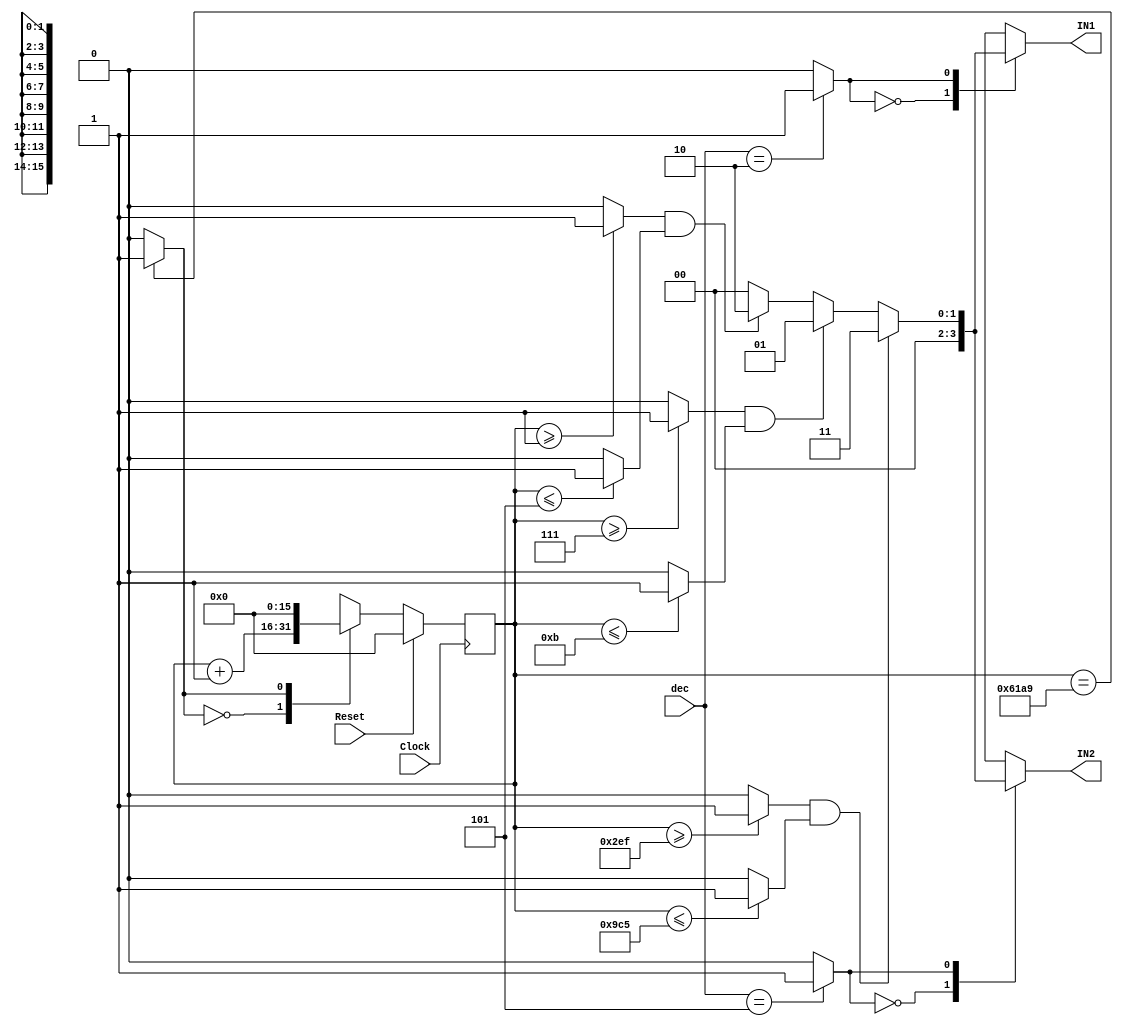
`timescale 1ns/1ps
`default_nettype none
// PLEASE READ THIS, IT MAY SAVE YOU SOME TIME AND MONEY, THANK YOU!
// * This file was generated by Quokka FPGA Toolkit.
// * Generated code is your property, do whatever you want with it
// * Place custom code between [BEGIN USER ***] and [END USER ***].
// * CAUTION: All code outside of [USER] scope is subject to regeneration.
// * Bad things happen sometimes in developer's life,
//   it is recommended to use source control management software (e.g. git, bzr etc) to keep your custom code safe'n'sound.
// * Internal structure of code is subject to change.
//   You can use some of signals in custom code, but most likely they will not exist in future (e.g. will get shorter or gone completely)
// * Please send your feedback, comments, improvement ideas etc. to evmuryshkin@gmail.com
// * Visit https://github.com/EvgenyMuryshkin/QuokkaEvaluation to access latest version of playground
//
// DISCLAIMER:
//   Code comes AS-IS, it is your responsibility to make sure it is working as expected
//   no responsibility will be taken for any loss or damage caused by use of Quokka toolkit.
//
// System configuration name is CoderModule_TopLevel, clock frequency is 1Hz, Top-level
// FSM summary
// -- Packages
module CoderModule_TopLevel
(
	// [BEGIN USER PORTS]
	// [END USER PORTS]
	input wire Clock,
	input wire Reset,
	input wire [15: 0] dec,
	output wire signed [1: 0] IN1,
	output wire signed [1: 0] IN2
);
	// [BEGIN USER SIGNALS]
	// [END USER SIGNALS]
	localparam HiSignal = 1'b1;
	localparam LoSignal = 1'b0;
	wire Zero = 1'b0;
	wire One = 1'b1;
	wire true = 1'b1;
	wire false = 1'b0;
	wire CoderModule_L15F47T48_Expr = 1'b0;
	wire CoderModule_L19F13L31T14_CoderModule_L20F31T32_Expr = 1'b0;
	wire CoderModule_L19F13L31T14_CoderModule_L21F38T39_Expr = 1'b1;
	wire [2: 0] CoderModule_L19F13L31T14_CoderModule_L21F60T61_Expr = 3'b101;
	wire [1: 0] CoderModule_L19F13L31T14_CoderModule_L22F30T31_Expr = 2'b10;
	wire [2: 0] CoderModule_L19F13L31T14_CoderModule_L24F38T39_Expr = 3'b111;
	wire [3: 0] CoderModule_L19F13L31T14_CoderModule_L24F60T62_Expr = 4'b1011;
	wire CoderModule_L19F13L31T14_CoderModule_L25F30T31_Expr = 1'b1;
	wire [9: 0] CoderModule_L19F13L31T14_CoderModule_L27F38T41_Expr = 10'b1011101111;
	wire [11: 0] CoderModule_L19F13L31T14_CoderModule_L27F62T66_Expr = 12'b100111000101;
	wire [1: 0] CoderModule_L19F13L31T14_CoderModule_L28F30T31_Expr = 2'b11;
	wire [14: 0] CoderModule_L37F9L39T10_CoderModule_L38F59T64_Expr = 15'b110000110101001;
	wire CoderModule_L37F9L39T10_CoderModule_L38F67T68_Expr = 1'b0;
	wire CoderModule_L37F9L39T10_CoderModule_L38F87T88_Expr = 1'b1;
	wire [15: 0] CoderModule_L33F49T55_Expr = 16'b1111111111111110;
	wire [15: 0] CoderModule_L34F49T55_Expr = 16'b1111111111111101;
	wire [15: 0] Inputs_dec;
	reg [15: 0] NextState_counter;
	wire signed [1: 0] INNone;
	wire [1: 0] INx;
	wire CoderModule_L15F31T49_Source;
	wire [1: 0] CoderModule_L15F31T60_Resize;
	reg [7: 0] CoderModule_L19F13L31T14_result;
	wire [7: 0] CoderModule_L19F13L31T14_CoderModule_L30F24T47_Source;
	wire [1: 0] CoderModule_L19F13L31T14_CoderModule_L30F24T53_Index;
	wire [15: 0] CoderModule_L37F9L39T10_CoderModule_L38F33T89_Cast;
	reg [15: 0] State_counter = 16'b0000000000000000;
	wire [15: 0] State_counterDefault = 16'b0000000000000000;
	wire CoderModule_L19F13L31T14_CoderModule_L21F21T61_Expr;
	wire CoderModule_L19F13L31T14_CoderModule_L21F21T61_Expr_1;
	wire CoderModule_L19F13L31T14_CoderModule_L21F21T61_Expr_2;
	wire CoderModule_L19F13L31T14_CoderModule_L24F21T62_Expr;
	wire CoderModule_L19F13L31T14_CoderModule_L24F21T62_Expr_1;
	wire CoderModule_L19F13L31T14_CoderModule_L24F21T62_Expr_2;
	wire CoderModule_L19F13L31T14_CoderModule_L27F21T66_Expr;
	wire CoderModule_L19F13L31T14_CoderModule_L27F21T66_Expr_1;
	wire CoderModule_L19F13L31T14_CoderModule_L27F21T66_Expr_2;
	wire [17: 0] CoderModule_L37F9L39T10_CoderModule_L38F71T88_Expr;
	wire signed [17: 0] CoderModule_L37F9L39T10_CoderModule_L38F71T88_Expr_1;
	wire signed [17: 0] CoderModule_L37F9L39T10_CoderModule_L38F71T88_Expr_2;
	wire CoderModule_L19F13L31T14_CoderModule_L21F21T39_Expr;
	wire signed [16: 0] CoderModule_L19F13L31T14_CoderModule_L21F21T39_ExprLhs;
	wire signed [16: 0] CoderModule_L19F13L31T14_CoderModule_L21F21T39_ExprRhs;
	wire CoderModule_L19F13L31T14_CoderModule_L21F43T61_Expr;
	wire signed [16: 0] CoderModule_L19F13L31T14_CoderModule_L21F43T61_ExprLhs;
	wire signed [16: 0] CoderModule_L19F13L31T14_CoderModule_L21F43T61_ExprRhs;
	wire CoderModule_L19F13L31T14_CoderModule_L24F21T39_Expr;
	wire signed [16: 0] CoderModule_L19F13L31T14_CoderModule_L24F21T39_ExprLhs;
	wire signed [16: 0] CoderModule_L19F13L31T14_CoderModule_L24F21T39_ExprRhs;
	wire CoderModule_L19F13L31T14_CoderModule_L24F43T62_Expr;
	wire signed [16: 0] CoderModule_L19F13L31T14_CoderModule_L24F43T62_ExprLhs;
	wire signed [16: 0] CoderModule_L19F13L31T14_CoderModule_L24F43T62_ExprRhs;
	wire CoderModule_L19F13L31T14_CoderModule_L27F21T41_Expr;
	wire signed [16: 0] CoderModule_L19F13L31T14_CoderModule_L27F21T41_ExprLhs;
	wire signed [16: 0] CoderModule_L19F13L31T14_CoderModule_L27F21T41_ExprRhs;
	wire CoderModule_L19F13L31T14_CoderModule_L27F45T66_Expr;
	wire signed [16: 0] CoderModule_L19F13L31T14_CoderModule_L27F45T66_ExprLhs;
	wire signed [16: 0] CoderModule_L19F13L31T14_CoderModule_L27F45T66_ExprRhs;
	wire CoderModule_L37F9L39T10_CoderModule_L38F42T64_Expr;
	wire signed [16: 0] CoderModule_L37F9L39T10_CoderModule_L38F42T64_ExprLhs;
	wire signed [16: 0] CoderModule_L37F9L39T10_CoderModule_L38F42T64_ExprRhs;
	wire CoderModule_L33F35T55_Expr;
	wire signed [16: 0] CoderModule_L33F35T55_ExprLhs;
	wire signed [16: 0] CoderModule_L33F35T55_ExprRhs;
	wire CoderModule_L34F35T55_Expr;
	wire signed [16: 0] CoderModule_L34F35T55_ExprLhs;
	wire signed [16: 0] CoderModule_L34F35T55_ExprRhs;
	reg [15: 0] CoderModule_L37F9L39T10_CoderModule_L38F42T88_Lookup;
	reg [1: 0] CoderModule_L33F35T70_Lookup;
	reg [1: 0] CoderModule_L34F35T70_Lookup;
	wire CoderModule_L37F9L39T10_CoderModule_L38F42T88_LookupMultiplexerAddress;
	wire [15: 0] CoderModule_L37F9L39T10_CoderModule_L38F42T88_Lookup1;
	wire [15: 0] CoderModule_L37F9L39T10_CoderModule_L38F42T88_Lookup2;
	wire CoderModule_L33F35T70_LookupMultiplexerAddress;
	wire [1: 0] CoderModule_L33F35T70_Lookup1;
	wire [1: 0] CoderModule_L33F35T70_Lookup2;
	wire CoderModule_L34F35T70_LookupMultiplexerAddress;
	wire [1: 0] CoderModule_L34F35T70_Lookup1;
	wire [1: 0] CoderModule_L34F35T70_Lookup2;
	always @ (posedge Clock)
	begin
		if ((Reset == 1))
		begin
			State_counter <= State_counterDefault;
		end
		else
		begin
			State_counter <= NextState_counter;
		end
	end
	assign CoderModule_L19F13L31T14_CoderModule_L21F21T39_Expr = CoderModule_L19F13L31T14_CoderModule_L21F21T39_ExprLhs >= CoderModule_L19F13L31T14_CoderModule_L21F21T39_ExprRhs ? 1'b1 : 1'b0;
	assign CoderModule_L19F13L31T14_CoderModule_L21F43T61_Expr = CoderModule_L19F13L31T14_CoderModule_L21F43T61_ExprLhs <= CoderModule_L19F13L31T14_CoderModule_L21F43T61_ExprRhs ? 1'b1 : 1'b0;
	assign CoderModule_L19F13L31T14_CoderModule_L24F21T39_Expr = CoderModule_L19F13L31T14_CoderModule_L24F21T39_ExprLhs >= CoderModule_L19F13L31T14_CoderModule_L24F21T39_ExprRhs ? 1'b1 : 1'b0;
	assign CoderModule_L19F13L31T14_CoderModule_L24F43T62_Expr = CoderModule_L19F13L31T14_CoderModule_L24F43T62_ExprLhs <= CoderModule_L19F13L31T14_CoderModule_L24F43T62_ExprRhs ? 1'b1 : 1'b0;
	assign CoderModule_L19F13L31T14_CoderModule_L27F21T41_Expr = CoderModule_L19F13L31T14_CoderModule_L27F21T41_ExprLhs >= CoderModule_L19F13L31T14_CoderModule_L27F21T41_ExprRhs ? 1'b1 : 1'b0;
	assign CoderModule_L19F13L31T14_CoderModule_L27F45T66_Expr = CoderModule_L19F13L31T14_CoderModule_L27F45T66_ExprLhs <= CoderModule_L19F13L31T14_CoderModule_L27F45T66_ExprRhs ? 1'b1 : 1'b0;
	assign CoderModule_L37F9L39T10_CoderModule_L38F42T64_Expr = CoderModule_L37F9L39T10_CoderModule_L38F42T64_ExprLhs == CoderModule_L37F9L39T10_CoderModule_L38F42T64_ExprRhs ? 1'b1 : 1'b0;
	assign CoderModule_L33F35T55_Expr = CoderModule_L33F35T55_ExprLhs == CoderModule_L33F35T55_ExprRhs ? 1'b1 : 1'b0;
	assign CoderModule_L34F35T55_Expr = CoderModule_L34F35T55_ExprLhs == CoderModule_L34F35T55_ExprRhs ? 1'b1 : 1'b0;
	assign CoderModule_L19F13L31T14_CoderModule_L21F21T61_Expr = CoderModule_L19F13L31T14_CoderModule_L21F21T61_Expr_1 & CoderModule_L19F13L31T14_CoderModule_L21F21T61_Expr_2;
	assign CoderModule_L19F13L31T14_CoderModule_L24F21T62_Expr = CoderModule_L19F13L31T14_CoderModule_L24F21T62_Expr_1 & CoderModule_L19F13L31T14_CoderModule_L24F21T62_Expr_2;
	assign CoderModule_L19F13L31T14_CoderModule_L27F21T66_Expr = CoderModule_L19F13L31T14_CoderModule_L27F21T66_Expr_1 & CoderModule_L19F13L31T14_CoderModule_L27F21T66_Expr_2;
	assign CoderModule_L37F9L39T10_CoderModule_L38F71T88_Expr = CoderModule_L37F9L39T10_CoderModule_L38F71T88_Expr_1 + CoderModule_L37F9L39T10_CoderModule_L38F71T88_Expr_2;
	always @ (*)
	begin
		case (CoderModule_L37F9L39T10_CoderModule_L38F42T88_LookupMultiplexerAddress)
			'b0:
			begin
				CoderModule_L37F9L39T10_CoderModule_L38F42T88_Lookup = CoderModule_L37F9L39T10_CoderModule_L38F42T88_Lookup1;
			end
			'b1:
			begin
				CoderModule_L37F9L39T10_CoderModule_L38F42T88_Lookup = CoderModule_L37F9L39T10_CoderModule_L38F42T88_Lookup2;
			end
			default:
			begin
				CoderModule_L37F9L39T10_CoderModule_L38F42T88_Lookup = 'b0000000000000000;
			end
		endcase
	end
	always @ (*)
	begin
		case (CoderModule_L33F35T70_LookupMultiplexerAddress)
			'b0:
			begin
				CoderModule_L33F35T70_Lookup = CoderModule_L33F35T70_Lookup1;
			end
			'b1:
			begin
				CoderModule_L33F35T70_Lookup = CoderModule_L33F35T70_Lookup2;
			end
			default:
			begin
				CoderModule_L33F35T70_Lookup = 'b00;
			end
		endcase
	end
	always @ (*)
	begin
		case (CoderModule_L34F35T70_LookupMultiplexerAddress)
			'b0:
			begin
				CoderModule_L34F35T70_Lookup = CoderModule_L34F35T70_Lookup1;
			end
			'b1:
			begin
				CoderModule_L34F35T70_Lookup = CoderModule_L34F35T70_Lookup2;
			end
			default:
			begin
				CoderModule_L34F35T70_Lookup = 'b00;
			end
		endcase
	end
	always @ (*)
	begin
		CoderModule_L19F13L31T14_result = { {7{1'b0}}, CoderModule_L19F13L31T14_CoderModule_L20F31T32_Expr }/*expand*/;
		if ((CoderModule_L19F13L31T14_CoderModule_L21F21T61_Expr == 1))
		begin
			CoderModule_L19F13L31T14_result = { {6{1'b0}}, CoderModule_L19F13L31T14_CoderModule_L22F30T31_Expr }/*expand*/;
		end
		if ((CoderModule_L19F13L31T14_CoderModule_L24F21T62_Expr == 1))
		begin
			CoderModule_L19F13L31T14_result = { {7{1'b0}}, CoderModule_L19F13L31T14_CoderModule_L25F30T31_Expr }/*expand*/;
		end
		if ((CoderModule_L19F13L31T14_CoderModule_L27F21T66_Expr == 1))
		begin
			CoderModule_L19F13L31T14_result = { {6{1'b0}}, CoderModule_L19F13L31T14_CoderModule_L28F30T31_Expr }/*expand*/;
		end
	end
	always @ (*)
	begin
		NextState_counter = State_counter;
		NextState_counter = CoderModule_L37F9L39T10_CoderModule_L38F33T89_Cast;
	end
	assign CoderModule_L19F13L31T14_CoderModule_L21F21T39_ExprLhs = { {1{1'b0}}, State_counter }/*expand*/;
	assign CoderModule_L19F13L31T14_CoderModule_L21F21T39_ExprRhs = { {16{1'b0}}, CoderModule_L19F13L31T14_CoderModule_L21F38T39_Expr }/*expand*/;
	assign CoderModule_L19F13L31T14_CoderModule_L21F43T61_ExprLhs = { {1{1'b0}}, State_counter }/*expand*/;
	assign CoderModule_L19F13L31T14_CoderModule_L21F43T61_ExprRhs = { {14{1'b0}}, CoderModule_L19F13L31T14_CoderModule_L21F60T61_Expr }/*expand*/;
	assign CoderModule_L19F13L31T14_CoderModule_L24F21T39_ExprLhs = { {1{1'b0}}, State_counter }/*expand*/;
	assign CoderModule_L19F13L31T14_CoderModule_L24F21T39_ExprRhs = { {14{1'b0}}, CoderModule_L19F13L31T14_CoderModule_L24F38T39_Expr }/*expand*/;
	assign CoderModule_L19F13L31T14_CoderModule_L24F43T62_ExprLhs = { {1{1'b0}}, State_counter }/*expand*/;
	assign CoderModule_L19F13L31T14_CoderModule_L24F43T62_ExprRhs = { {13{1'b0}}, CoderModule_L19F13L31T14_CoderModule_L24F60T62_Expr }/*expand*/;
	assign CoderModule_L19F13L31T14_CoderModule_L27F21T41_ExprLhs = { {1{1'b0}}, State_counter }/*expand*/;
	assign CoderModule_L19F13L31T14_CoderModule_L27F21T41_ExprRhs = { {7{1'b0}}, CoderModule_L19F13L31T14_CoderModule_L27F38T41_Expr }/*expand*/;
	assign CoderModule_L19F13L31T14_CoderModule_L27F45T66_ExprLhs = { {1{1'b0}}, State_counter }/*expand*/;
	assign CoderModule_L19F13L31T14_CoderModule_L27F45T66_ExprRhs = { {5{1'b0}}, CoderModule_L19F13L31T14_CoderModule_L27F62T66_Expr }/*expand*/;
	assign CoderModule_L37F9L39T10_CoderModule_L38F42T64_ExprLhs = { {1{1'b0}}, State_counter }/*expand*/;
	assign CoderModule_L37F9L39T10_CoderModule_L38F42T64_ExprRhs = { {2{1'b0}}, CoderModule_L37F9L39T10_CoderModule_L38F59T64_Expr }/*expand*/;
	assign CoderModule_L33F35T55_ExprLhs = { {1{1'b0}}, Inputs_dec }/*expand*/;
	assign CoderModule_L33F35T55_ExprRhs = { {1{1'b0}}, CoderModule_L33F49T55_Expr }/*expand*/;
	assign CoderModule_L34F35T55_ExprLhs = { {1{1'b0}}, Inputs_dec }/*expand*/;
	assign CoderModule_L34F35T55_ExprRhs = { {1{1'b0}}, CoderModule_L34F49T55_Expr }/*expand*/;
	assign CoderModule_L19F13L31T14_CoderModule_L21F21T61_Expr_1 = CoderModule_L19F13L31T14_CoderModule_L21F21T39_Expr;
	assign CoderModule_L19F13L31T14_CoderModule_L21F21T61_Expr_2 = CoderModule_L19F13L31T14_CoderModule_L21F43T61_Expr;
	assign CoderModule_L19F13L31T14_CoderModule_L24F21T62_Expr_1 = CoderModule_L19F13L31T14_CoderModule_L24F21T39_Expr;
	assign CoderModule_L19F13L31T14_CoderModule_L24F21T62_Expr_2 = CoderModule_L19F13L31T14_CoderModule_L24F43T62_Expr;
	assign CoderModule_L19F13L31T14_CoderModule_L27F21T66_Expr_1 = CoderModule_L19F13L31T14_CoderModule_L27F21T41_Expr;
	assign CoderModule_L19F13L31T14_CoderModule_L27F21T66_Expr_2 = CoderModule_L19F13L31T14_CoderModule_L27F45T66_Expr;
	assign CoderModule_L37F9L39T10_CoderModule_L38F71T88_Expr_1 = { {2{1'b0}}, State_counter }/*expand*/;
	assign CoderModule_L37F9L39T10_CoderModule_L38F71T88_Expr_2 = { {17{1'b0}}, CoderModule_L37F9L39T10_CoderModule_L38F87T88_Expr }/*expand*/;
	assign Inputs_dec = dec;
	assign CoderModule_L15F31T49_Source = CoderModule_L15F47T48_Expr;
	assign CoderModule_L15F31T60_Resize = { {1{1'b0}}, CoderModule_L15F31T49_Source }/*expand*/;
	assign INNone = CoderModule_L15F31T60_Resize/*cast*/;
	assign CoderModule_L19F13L31T14_CoderModule_L30F24T47_Source = CoderModule_L19F13L31T14_result;
	assign CoderModule_L19F13L31T14_CoderModule_L30F24T53_Index = CoderModule_L19F13L31T14_CoderModule_L30F24T47_Source[1:0];
	assign INx = CoderModule_L19F13L31T14_CoderModule_L30F24T53_Index;
	assign CoderModule_L37F9L39T10_CoderModule_L38F33T89_Cast = CoderModule_L37F9L39T10_CoderModule_L38F42T88_Lookup;
	assign IN1 = CoderModule_L33F35T70_Lookup/*cast*/;
	assign IN2 = CoderModule_L34F35T70_Lookup/*cast*/;
	assign CoderModule_L37F9L39T10_CoderModule_L38F42T88_Lookup1 = CoderModule_L37F9L39T10_CoderModule_L38F71T88_Expr[15:0]/*truncate*/;
	assign CoderModule_L37F9L39T10_CoderModule_L38F42T88_Lookup2 = { {15{1'b0}}, CoderModule_L37F9L39T10_CoderModule_L38F67T68_Expr }/*expand*/;
	assign CoderModule_L37F9L39T10_CoderModule_L38F42T88_LookupMultiplexerAddress = CoderModule_L37F9L39T10_CoderModule_L38F42T64_Expr;
	assign CoderModule_L33F35T70_Lookup1 = INNone/*cast*/;
	assign CoderModule_L33F35T70_Lookup2 = INx;
	assign CoderModule_L33F35T70_LookupMultiplexerAddress = CoderModule_L33F35T55_Expr;
	assign CoderModule_L34F35T70_Lookup1 = INNone/*cast*/;
	assign CoderModule_L34F35T70_Lookup2 = INx;
	assign CoderModule_L34F35T70_LookupMultiplexerAddress = CoderModule_L34F35T55_Expr;
	// [BEGIN USER ARCHITECTURE]
	// [END USER ARCHITECTURE]
endmodule